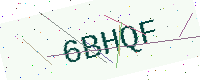
Text: 6BHQF